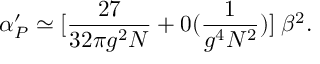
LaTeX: \alpha _ { P } ^ { \prime } \simeq [ { \frac { 2 7 } { 3 2 \pi g ^ { 2 } N } } + 0 ( \frac { 1 } { g ^ { 4 } N ^ { 2 } } ) ] \; { \beta ^ { 2 } } .